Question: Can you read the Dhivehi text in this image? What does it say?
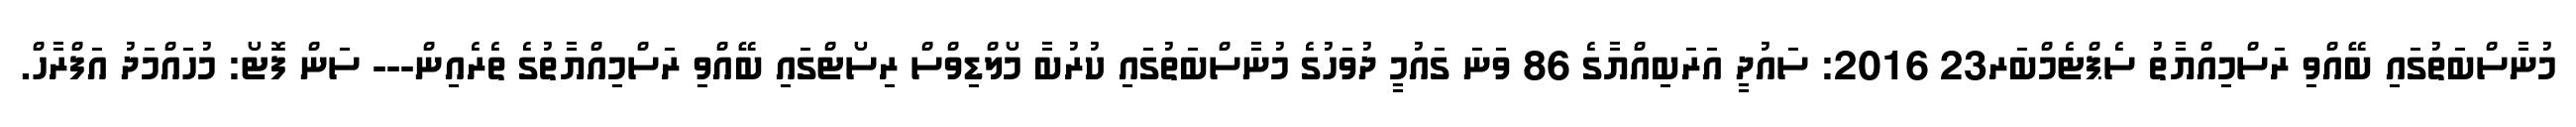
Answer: މުނާސްބަތުގައި ބޭއްވި ރަސްމިއްޔާތު ސެޕްޓެމްބަރ23 2016: ސައުދީ އަރަބިއްޔާގެ 86 ވަނަ ގައުމީ ދުވަހުގެ މުނާސްބަތުގައި ކުރުބާ މޯލްޑިވްސް ރިސޯޓްގައި ބޭއްވި ރަސްމިއްޔާތުގެ ތެރެއިން--- ސަން ފޮޓޯ: މުހައްމަދު އަފްރާހް.